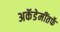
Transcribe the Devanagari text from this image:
अकॅडेमींतर्फे